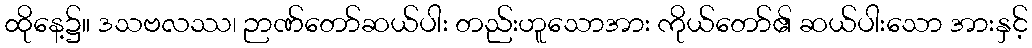
ထိုနေ့၌။ ဒသဗလဿ၊ ဉာဏ်တော်ဆယ်ပါး တည်းဟူသောအား ကိုယ်တော်၏ ဆယ်ပါးသော အားနှင့်